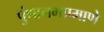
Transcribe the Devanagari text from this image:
पुंथानमप्रमाणे